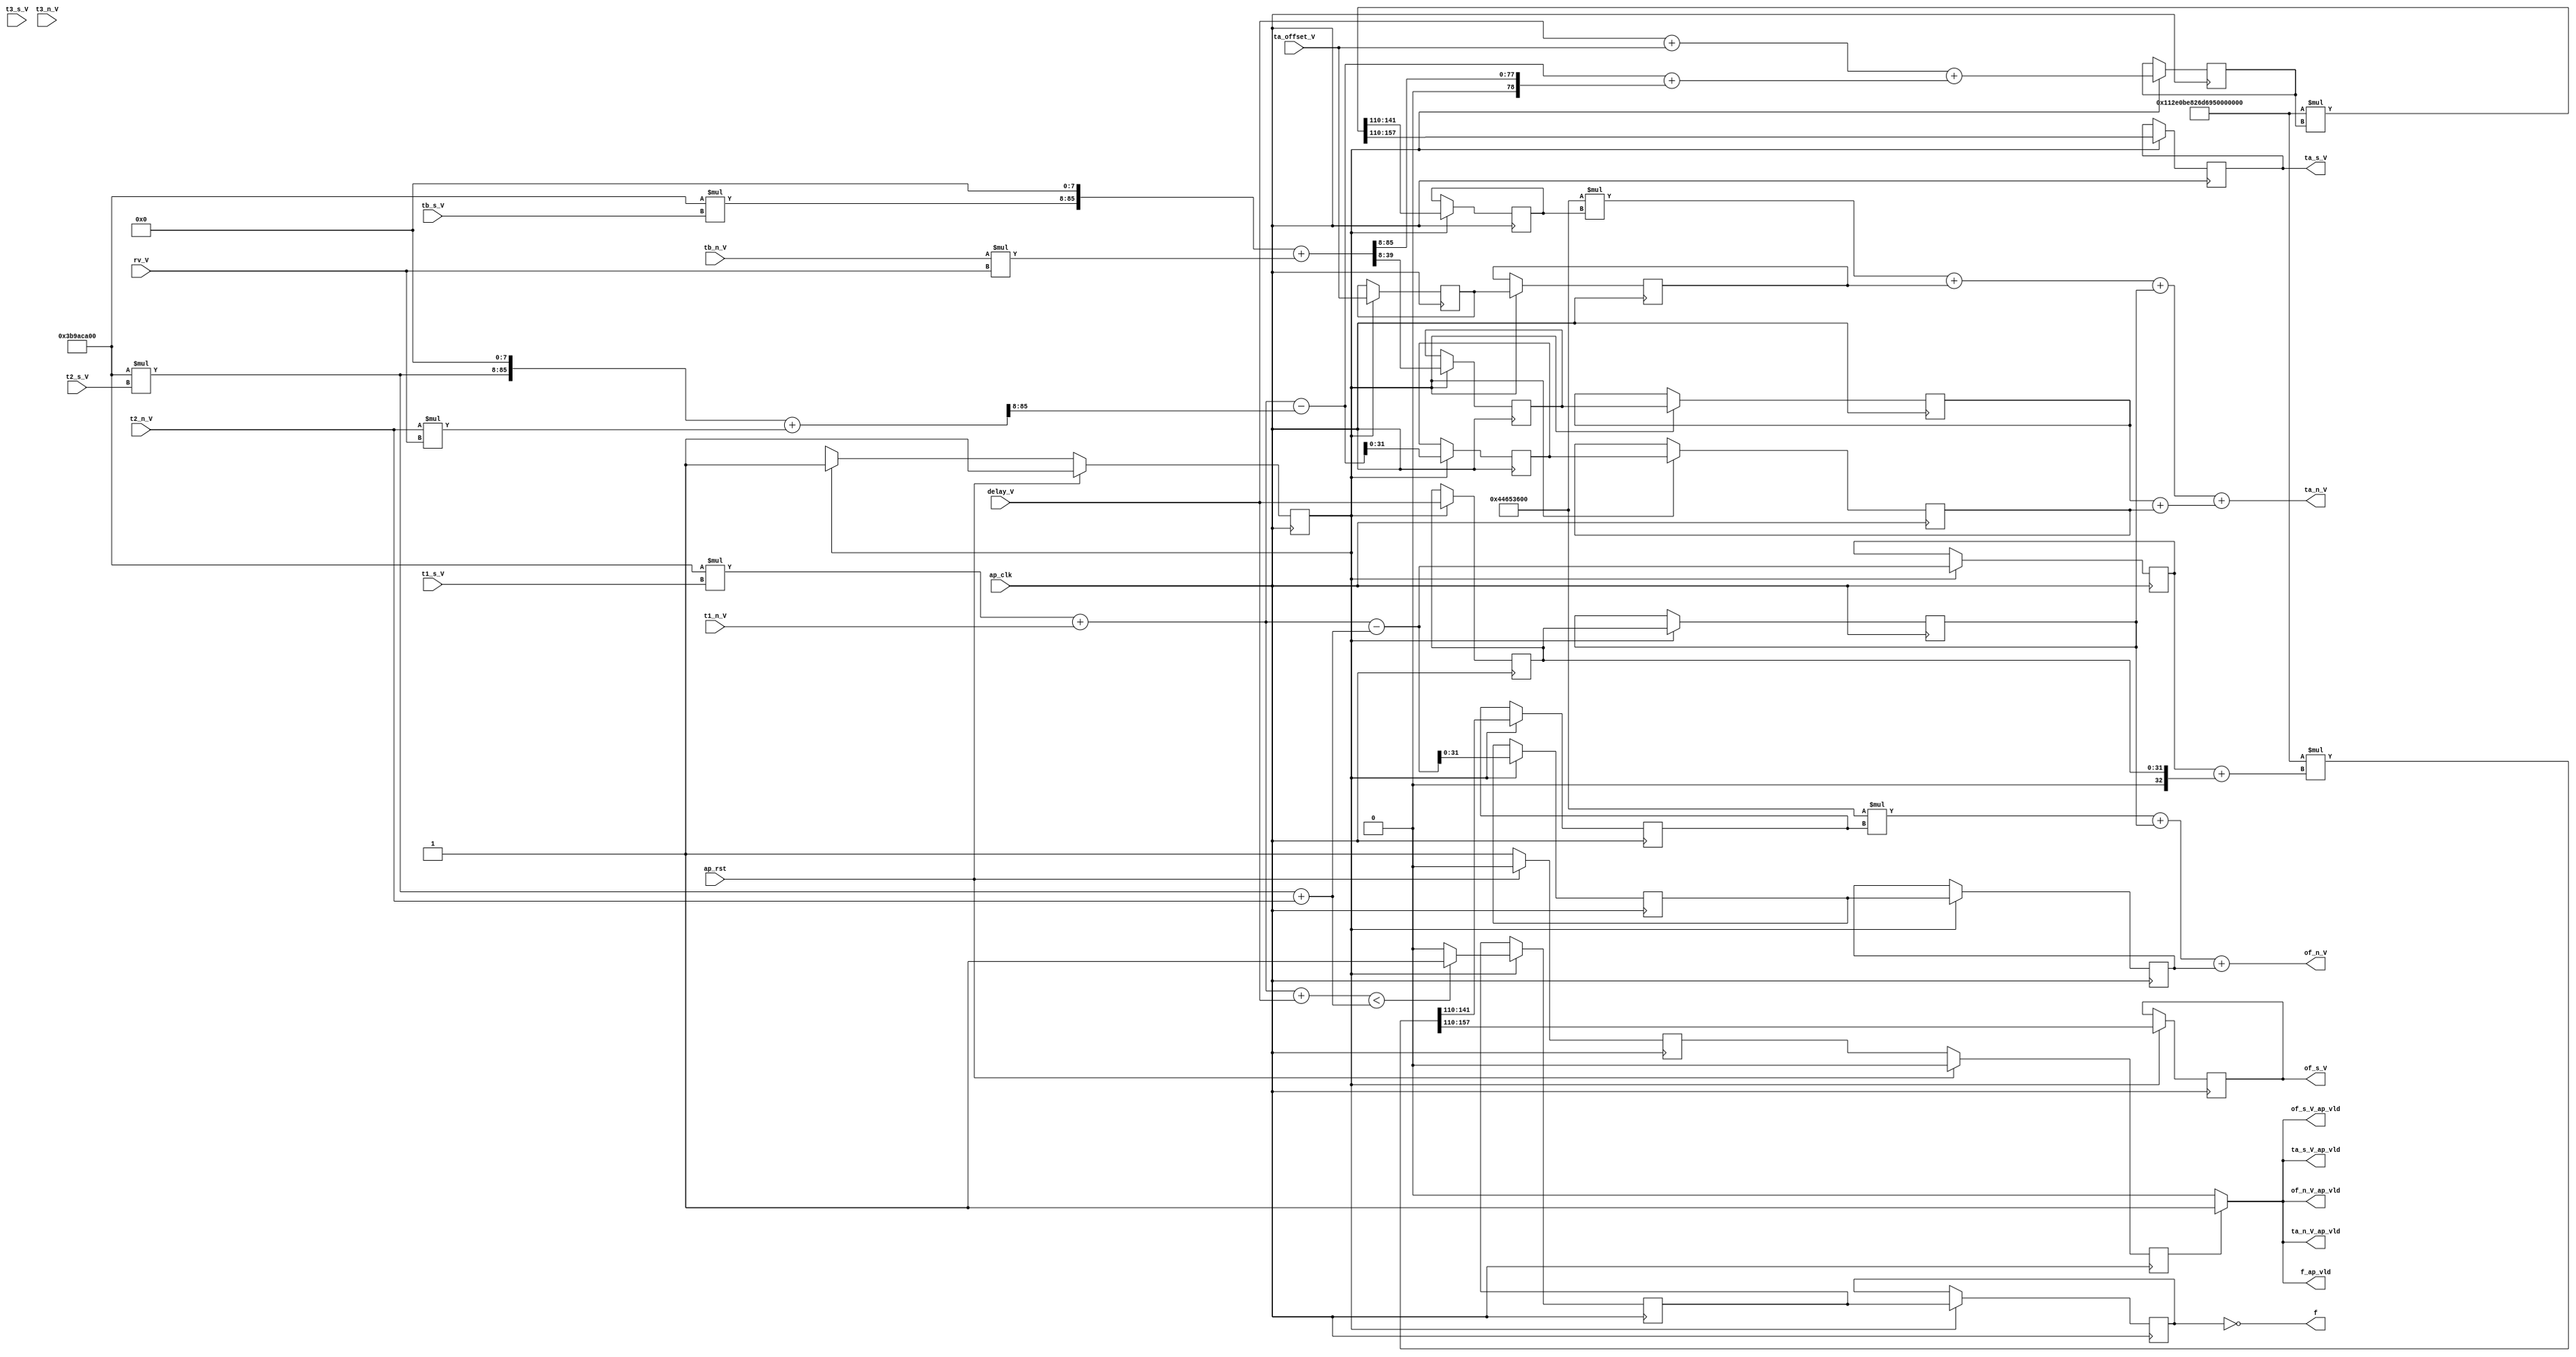
// ==============================================================
// RTL generated by Vivado(TM) HLS - High-Level Synthesis from C, C++ and SystemC
// Version: 2018.3
// Copyright (C) 1986-2018 Xilinx, Inc. All Rights Reserved.
// 
// ===========================================================

`timescale 1 ns / 1 ps 

(* CORE_GENERATION_INFO="Sync,hls_ip_2018_3,{HLS_INPUT_TYPE=cxx,HLS_INPUT_FLOAT=0,HLS_INPUT_FIXED=1,HLS_INPUT_PART=xczu9eg-ffvb1156-2-i,HLS_INPUT_CLOCK=10.000000,HLS_INPUT_ARCH=pipeline,HLS_SYN_CLOCK=7.453969,HLS_SYN_LAT=2,HLS_SYN_TPT=1,HLS_SYN_MEM=0,HLS_SYN_DSP=25,HLS_SYN_FF=644,HLS_SYN_LUT=1381,HLS_VERSION=2018_3}" *)

module Sync (
        ap_clk,
        ap_rst,
        t1_s_V,
        t1_n_V,
        t2_s_V,
        t2_n_V,
        t3_s_V,
        t3_n_V,
        tb_s_V,
        tb_n_V,
        of_s_V,
        of_s_V_ap_vld,
        of_n_V,
        of_n_V_ap_vld,
        ta_s_V,
        ta_s_V_ap_vld,
        ta_n_V,
        ta_n_V_ap_vld,
        delay_V,
        rv_V,
        ta_offset_V,
        f,
        f_ap_vld
);

parameter    ap_ST_fsm_pp0_stage0 = 1'd1;

input   ap_clk;
input   ap_rst;
input  [47:0] t1_s_V;
input  [31:0] t1_n_V;
input  [47:0] t2_s_V;
input  [31:0] t2_n_V;
input  [47:0] t3_s_V;
input  [31:0] t3_n_V;
input  [47:0] tb_s_V;
input  [31:0] tb_n_V;
output  [47:0] of_s_V;
output   of_s_V_ap_vld;
output  [31:0] of_n_V;
output   of_n_V_ap_vld;
output  [47:0] ta_s_V;
output   ta_s_V_ap_vld;
output  [31:0] ta_n_V;
output   ta_n_V_ap_vld;
input  [31:0] delay_V;
input  [11:0] rv_V;
input  [31:0] ta_offset_V;
output   f;
output   f_ap_vld;

reg of_s_V_ap_vld;
reg of_n_V_ap_vld;
reg ta_s_V_ap_vld;
reg ta_n_V_ap_vld;
reg f_ap_vld;

reg   [31:0] ta_offset_V_read_reg_528;
(* fsm_encoding = "none" *) reg   [0:0] ap_CS_fsm;
wire    ap_CS_fsm_pp0_stage0;
wire    ap_block_state1_pp0_stage0_iter0;
wire    ap_block_state2_pp0_stage0_iter1;
wire    ap_block_state3_pp0_stage0_iter2;
wire    ap_block_pp0_stage0_11001;
reg   [31:0] ta_offset_V_read_reg_528_pp0_iter1_reg;
reg   [31:0] delay_V_read_reg_533;
reg   [31:0] delay_V_read_reg_533_pp0_iter1_reg;
reg   [31:0] tmp_s_reg_540;
reg   [31:0] tmp_s_reg_540_pp0_iter1_reg;
wire   [31:0] tmp_4_fu_357_p1;
reg   [31:0] tmp_4_reg_545;
reg   [31:0] tmp_4_reg_545_pp0_iter1_reg;
wire   [79:0] ta_V_fu_377_p2;
reg   [79:0] ta_V_reg_550;
wire  signed [78:0] tmp_7_fu_383_p2;
reg  signed [78:0] tmp_7_reg_555;
wire   [31:0] tmp_6_fu_389_p1;
reg   [31:0] tmp_6_reg_560;
reg   [31:0] tmp_6_reg_560_pp0_iter1_reg;
wire   [0:0] ult_fu_403_p2;
reg   [0:0] ult_reg_565;
reg   [0:0] ult_reg_565_pp0_iter1_reg;
reg   [47:0] tmp_8_reg_570;
reg  signed [31:0] tmp_9_reg_575;
reg   [47:0] tmp_12_reg_580;
reg  signed [31:0] tmp_13_reg_585;
reg    ap_enable_reg_pp0_iter1;
wire    ap_block_pp0_stage0_subdone;
reg    ap_enable_reg_pp0_iter2;
wire    ap_block_pp0_stage0_01001;
wire    ap_block_pp0_stage0;
wire   [47:0] ret_V_fu_187_p1;
wire   [77:0] ret_V_fu_187_p2;
wire   [77:0] tmp_cast_fu_193_p1;
wire   [77:0] t1_V_fu_197_p2;
wire   [47:0] ret_V_6_fu_211_p1;
wire   [31:0] r_V_4_fu_225_p0;
wire   [11:0] r_V_4_fu_225_p1;
wire   [43:0] tmp_5_fu_221_p1;
wire   [77:0] ret_V_6_fu_211_p2;
wire   [43:0] r_V_4_fu_225_p2;
wire   [85:0] lhs_V_fu_231_p3;
wire   [85:0] rhs_V_cast_fu_239_p1;
wire   [85:0] ret_V_7_fu_243_p2;
wire   [77:0] tmp_fu_249_p4;
wire   [77:0] tmp_cast_13_fu_263_p1;
wire   [77:0] t2_y_V_fu_267_p2;
wire   [47:0] ret_V_8_fu_281_p1;
wire   [31:0] r_V_5_fu_291_p0;
wire   [11:0] r_V_5_fu_291_p1;
wire   [77:0] ret_V_8_fu_281_p2;
wire   [43:0] r_V_5_fu_291_p2;
wire   [85:0] lhs_V_1_fu_297_p3;
wire   [85:0] rhs_V_1_cast_fu_305_p1;
wire   [85:0] ret_V_9_fu_309_p2;
wire   [77:0] tmp_2_fu_315_p4;
wire   [78:0] t1_V_cast8_fu_203_p1;
wire   [78:0] t2_V_cast_fu_259_p1;
wire  signed [78:0] tmp_3_fu_337_p2;
wire  signed [79:0] tmp_3_cast_fu_343_p1;
wire   [79:0] tb_V_fu_325_p1;
wire   [32:0] tmp_1_cast_fu_329_p1;
wire   [32:0] tmp_2_cast_fu_333_p1;
wire   [32:0] tmp2_fu_367_p2;
wire   [79:0] tmp2_cast_fu_373_p1;
wire   [79:0] tmp1_fu_361_p2;
wire   [78:0] t2_y_V_cast_fu_273_p1;
wire   [77:0] rhs_V_2_cast_fu_393_p1;
wire   [77:0] ret_V_5_fu_397_p2;
wire  signed [79:0] tmp_7_cast_fu_412_p1;
wire   [79:0] tmp_1_fu_409_p1;
wire   [79:0] mul2_fu_424_p1;
wire   [160:0] mul2_fu_424_p2;
wire   [79:0] of_V_fu_415_p2;
wire   [79:0] mul_fu_454_p1;
wire   [160:0] mul_fu_454_p2;
wire   [31:0] tmp_10_fu_486_p2;
wire   [31:0] tmp5_fu_495_p2;
wire   [31:0] tmp4_fu_500_p2;
wire   [31:0] tmp3_fu_491_p2;
wire   [31:0] tmp_14_fu_512_p2;
wire   [31:0] tmp6_fu_517_p2;
reg   [0:0] ap_NS_fsm;
wire    ap_reset_idle_pp0;
reg    ap_idle_pp0;
wire    ap_enable_pp0;
wire   [160:0] mul2_fu_424_p10;
wire   [160:0] mul_fu_454_p10;
wire   [43:0] r_V_4_fu_225_p00;
wire   [43:0] r_V_5_fu_291_p00;
wire   [77:0] ret_V_6_fu_211_p10;
wire   [77:0] ret_V_8_fu_281_p10;
wire   [77:0] ret_V_fu_187_p10;

// power-on initialization
initial begin
#0 ap_CS_fsm = 1'd1;
#0 ap_enable_reg_pp0_iter1 = 1'b0;
#0 ap_enable_reg_pp0_iter2 = 1'b0;
end

always @ (posedge ap_clk) begin
    if (ap_rst == 1'b1) begin
        ap_CS_fsm <= ap_ST_fsm_pp0_stage0;
    end else begin
        ap_CS_fsm <= ap_NS_fsm;
    end
end

always @ (posedge ap_clk) begin
    if (ap_rst == 1'b1) begin
        ap_enable_reg_pp0_iter1 <= 1'b0;
    end else begin
        if ((1'b0 == ap_block_pp0_stage0_subdone)) begin
            ap_enable_reg_pp0_iter1 <= 1'b1;
        end
    end
end

always @ (posedge ap_clk) begin
    if (ap_rst == 1'b1) begin
        ap_enable_reg_pp0_iter2 <= 1'b0;
    end else begin
        if ((1'b0 == ap_block_pp0_stage0_subdone)) begin
            ap_enable_reg_pp0_iter2 <= ap_enable_reg_pp0_iter1;
        end
    end
end

always @ (posedge ap_clk) begin
    if (((1'b0 == ap_block_pp0_stage0_11001) & (1'b1 == ap_CS_fsm_pp0_stage0))) begin
        delay_V_read_reg_533 <= delay_V;
        delay_V_read_reg_533_pp0_iter1_reg <= delay_V_read_reg_533;
        ta_V_reg_550 <= ta_V_fu_377_p2;
        ta_offset_V_read_reg_528 <= ta_offset_V;
        ta_offset_V_read_reg_528_pp0_iter1_reg <= ta_offset_V_read_reg_528;
        tmp_12_reg_580 <= {{mul_fu_454_p2[157:110]}};
        tmp_13_reg_585 <= {{mul_fu_454_p2[141:110]}};
        tmp_4_reg_545 <= tmp_4_fu_357_p1;
        tmp_4_reg_545_pp0_iter1_reg <= tmp_4_reg_545;
        tmp_6_reg_560 <= tmp_6_fu_389_p1;
        tmp_6_reg_560_pp0_iter1_reg <= tmp_6_reg_560;
        tmp_7_reg_555 <= tmp_7_fu_383_p2;
        tmp_8_reg_570 <= {{mul2_fu_424_p2[157:110]}};
        tmp_9_reg_575 <= {{mul2_fu_424_p2[141:110]}};
        tmp_s_reg_540 <= {{ret_V_9_fu_309_p2[39:8]}};
        tmp_s_reg_540_pp0_iter1_reg <= tmp_s_reg_540;
        ult_reg_565 <= ult_fu_403_p2;
        ult_reg_565_pp0_iter1_reg <= ult_reg_565;
    end
end

always @ (*) begin
    if (((ap_enable_reg_pp0_iter2 == 1'b0) & (ap_enable_reg_pp0_iter1 == 1'b0) & (1'b1 == 1'b0))) begin
        ap_idle_pp0 = 1'b1;
    end else begin
        ap_idle_pp0 = 1'b0;
    end
end

assign ap_reset_idle_pp0 = 1'b0;

always @ (*) begin
    if (((1'b0 == ap_block_pp0_stage0_11001) & (ap_enable_reg_pp0_iter2 == 1'b1))) begin
        f_ap_vld = 1'b1;
    end else begin
        f_ap_vld = 1'b0;
    end
end

always @ (*) begin
    if (((1'b0 == ap_block_pp0_stage0_11001) & (ap_enable_reg_pp0_iter2 == 1'b1))) begin
        of_n_V_ap_vld = 1'b1;
    end else begin
        of_n_V_ap_vld = 1'b0;
    end
end

always @ (*) begin
    if (((1'b0 == ap_block_pp0_stage0_11001) & (ap_enable_reg_pp0_iter2 == 1'b1))) begin
        of_s_V_ap_vld = 1'b1;
    end else begin
        of_s_V_ap_vld = 1'b0;
    end
end

always @ (*) begin
    if (((1'b0 == ap_block_pp0_stage0_11001) & (ap_enable_reg_pp0_iter2 == 1'b1))) begin
        ta_n_V_ap_vld = 1'b1;
    end else begin
        ta_n_V_ap_vld = 1'b0;
    end
end

always @ (*) begin
    if (((1'b0 == ap_block_pp0_stage0_11001) & (ap_enable_reg_pp0_iter2 == 1'b1))) begin
        ta_s_V_ap_vld = 1'b1;
    end else begin
        ta_s_V_ap_vld = 1'b0;
    end
end

always @ (*) begin
    case (ap_CS_fsm)
        ap_ST_fsm_pp0_stage0 : begin
            ap_NS_fsm = ap_ST_fsm_pp0_stage0;
        end
        default : begin
            ap_NS_fsm = 'bx;
        end
    endcase
end

assign ap_CS_fsm_pp0_stage0 = ap_CS_fsm[32'd0];

assign ap_block_pp0_stage0 = ~(1'b1 == 1'b1);

assign ap_block_pp0_stage0_01001 = ~(1'b1 == 1'b1);

assign ap_block_pp0_stage0_11001 = ~(1'b1 == 1'b1);

assign ap_block_pp0_stage0_subdone = ~(1'b1 == 1'b1);

assign ap_block_state1_pp0_stage0_iter0 = ~(1'b1 == 1'b1);

assign ap_block_state2_pp0_stage0_iter1 = ~(1'b1 == 1'b1);

assign ap_block_state3_pp0_stage0_iter2 = ~(1'b1 == 1'b1);

assign ap_enable_pp0 = (ap_idle_pp0 ^ 1'b1);

assign f = (ult_reg_565_pp0_iter1_reg ^ 1'd1);

assign lhs_V_1_fu_297_p3 = {{ret_V_8_fu_281_p2}, {8'd0}};

assign lhs_V_fu_231_p3 = {{ret_V_6_fu_211_p2}, {8'd0}};

assign mul2_fu_424_p1 = mul2_fu_424_p10;

assign mul2_fu_424_p10 = ta_V_reg_550;

assign mul2_fu_424_p2 = (161'd1298074214633706907132625 * mul2_fu_424_p1);

assign mul_fu_454_p1 = mul_fu_454_p10;

assign mul_fu_454_p10 = of_V_fu_415_p2;

assign mul_fu_454_p2 = (161'd1298074214633706907132625 * mul_fu_454_p1);

assign of_V_fu_415_p2 = ($signed(tmp_7_cast_fu_412_p1) + $signed(tmp_1_fu_409_p1));

assign of_n_V = (tmp6_fu_517_p2 + tmp_6_reg_560_pp0_iter1_reg);

assign of_s_V = tmp_12_reg_580;

assign r_V_4_fu_225_p0 = r_V_4_fu_225_p00;

assign r_V_4_fu_225_p00 = t2_n_V;

assign r_V_4_fu_225_p1 = tmp_5_fu_221_p1;

assign r_V_4_fu_225_p2 = (r_V_4_fu_225_p0 * r_V_4_fu_225_p1);

assign r_V_5_fu_291_p0 = r_V_5_fu_291_p00;

assign r_V_5_fu_291_p00 = tb_n_V;

assign r_V_5_fu_291_p1 = tmp_5_fu_221_p1;

assign r_V_5_fu_291_p2 = (r_V_5_fu_291_p0 * r_V_5_fu_291_p1);

assign ret_V_5_fu_397_p2 = (t1_V_fu_197_p2 + rhs_V_2_cast_fu_393_p1);

assign ret_V_6_fu_211_p1 = ret_V_6_fu_211_p10;

assign ret_V_6_fu_211_p10 = t2_s_V;

assign ret_V_6_fu_211_p2 = (78'd1000000000 * ret_V_6_fu_211_p1);

assign ret_V_7_fu_243_p2 = (lhs_V_fu_231_p3 + rhs_V_cast_fu_239_p1);

assign ret_V_8_fu_281_p1 = ret_V_8_fu_281_p10;

assign ret_V_8_fu_281_p10 = tb_s_V;

assign ret_V_8_fu_281_p2 = (78'd1000000000 * ret_V_8_fu_281_p1);

assign ret_V_9_fu_309_p2 = (lhs_V_1_fu_297_p3 + rhs_V_1_cast_fu_305_p1);

assign ret_V_fu_187_p1 = ret_V_fu_187_p10;

assign ret_V_fu_187_p10 = t1_s_V;

assign ret_V_fu_187_p2 = (78'd1000000000 * ret_V_fu_187_p1);

assign rhs_V_1_cast_fu_305_p1 = r_V_5_fu_291_p2;

assign rhs_V_2_cast_fu_393_p1 = delay_V;

assign rhs_V_cast_fu_239_p1 = r_V_4_fu_225_p2;

assign t1_V_cast8_fu_203_p1 = t1_V_fu_197_p2;

assign t1_V_fu_197_p2 = (ret_V_fu_187_p2 + tmp_cast_fu_193_p1);

assign t2_V_cast_fu_259_p1 = tmp_fu_249_p4;

assign t2_y_V_cast_fu_273_p1 = t2_y_V_fu_267_p2;

assign t2_y_V_fu_267_p2 = (ret_V_6_fu_211_p2 + tmp_cast_13_fu_263_p1);

assign ta_V_fu_377_p2 = (tmp2_cast_fu_373_p1 + tmp1_fu_361_p2);

assign ta_n_V = (tmp4_fu_500_p2 + tmp3_fu_491_p2);

assign ta_s_V = tmp_8_reg_570;

assign tb_V_fu_325_p1 = tmp_2_fu_315_p4;

assign tmp1_fu_361_p2 = ($signed(tmp_3_cast_fu_343_p1) + $signed(tb_V_fu_325_p1));

assign tmp2_cast_fu_373_p1 = tmp2_fu_367_p2;

assign tmp2_fu_367_p2 = (tmp_1_cast_fu_329_p1 + tmp_2_cast_fu_333_p1);

assign tmp3_fu_491_p2 = (tmp_s_reg_540_pp0_iter1_reg + tmp_4_reg_545_pp0_iter1_reg);

assign tmp4_fu_500_p2 = (tmp5_fu_495_p2 + delay_V_read_reg_533_pp0_iter1_reg);

assign tmp5_fu_495_p2 = (tmp_10_fu_486_p2 + ta_offset_V_read_reg_528_pp0_iter1_reg);

assign tmp6_fu_517_p2 = (tmp_14_fu_512_p2 + delay_V_read_reg_533_pp0_iter1_reg);

assign tmp_10_fu_486_p2 = ($signed(32'd3294967296) * $signed(tmp_9_reg_575));

assign tmp_14_fu_512_p2 = ($signed(32'd3294967296) * $signed(tmp_13_reg_585));

assign tmp_1_cast_fu_329_p1 = delay_V;

assign tmp_1_fu_409_p1 = delay_V_read_reg_533;

assign tmp_2_cast_fu_333_p1 = ta_offset_V;

assign tmp_2_fu_315_p4 = {{ret_V_9_fu_309_p2[85:8]}};

assign tmp_3_cast_fu_343_p1 = tmp_3_fu_337_p2;

assign tmp_3_fu_337_p2 = (t1_V_cast8_fu_203_p1 - t2_V_cast_fu_259_p1);

assign tmp_4_fu_357_p1 = tmp_3_fu_337_p2[31:0];

assign tmp_5_fu_221_p1 = rv_V;

assign tmp_6_fu_389_p1 = tmp_7_fu_383_p2[31:0];

assign tmp_7_cast_fu_412_p1 = tmp_7_reg_555;

assign tmp_7_fu_383_p2 = (t1_V_cast8_fu_203_p1 - t2_y_V_cast_fu_273_p1);

assign tmp_cast_13_fu_263_p1 = t2_n_V;

assign tmp_cast_fu_193_p1 = t1_n_V;

assign tmp_fu_249_p4 = {{ret_V_7_fu_243_p2[85:8]}};

assign ult_fu_403_p2 = ((ret_V_5_fu_397_p2 < t2_y_V_fu_267_p2) ? 1'b1 : 1'b0);

endmodule //Sync